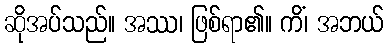
ဆိုအပ်သည်။ အဿ၊ ဖြစ်ရာ၏။ ကိံ၊ အဘယ်